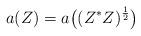
LaTeX: \begin{align*}a(Z) = a\big((Z^*Z)^\frac{1}{2}\big)\end{align*}